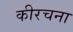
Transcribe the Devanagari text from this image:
कीरचना